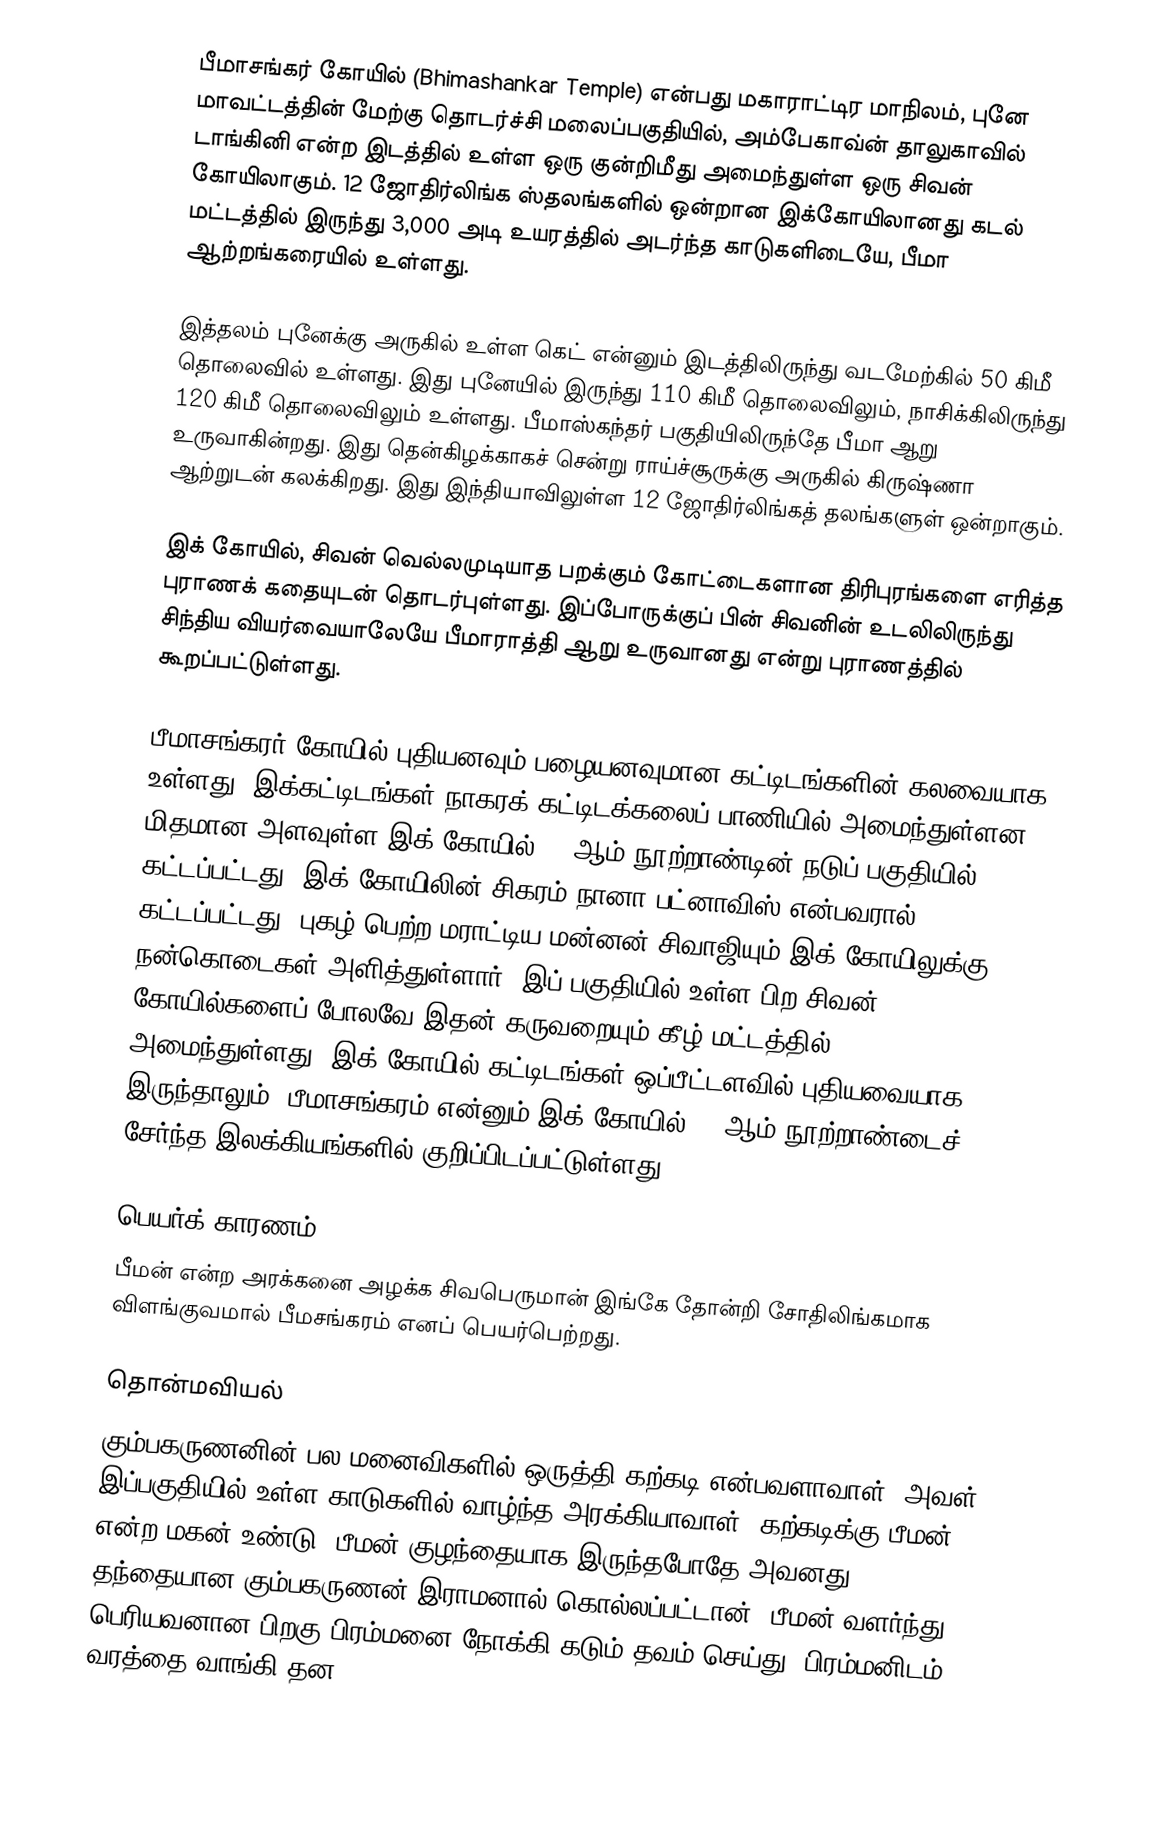
பீமாசங்கர் கோயில் (Bhimashankar Temple) என்பது மகாராட்டிர மாநிலம், புனே மாவட்டத்தின் மேற்கு தொடர்ச்சி மலைப்பகுதியில், அம்பேகாவ்ன் தாலுகாவில் டாங்கினி என்ற இடத்தில் உள்ள ஒரு குன்றிமீது அமைந்துள்ள ஒரு சிவன் கோயிலாகும். 12 ஜோதிர்லிங்க ஸ்தலங்களில் ஒன்றான இக்கோயிலானது கடல் மட்டத்தில் இருந்து 3,000 அடி உயரத்தில் அடர்ந்த காடுகளிடையே, பீமா ஆற்றங்கரையில் உள்ளது.

இத்தலம் புனேக்கு அருகில் உள்ள கெட் என்னும் இடத்திலிருந்து வடமேற்கில் 50 கிமீ தொலைவில் உள்ளது. இது புனேயில் இருந்து 110 கிமீ தொலைவிலும், நாசிக்கிலிருந்து 120 கிமீ தொலைவிலும் உள்ளது. பீமாஸ்கந்தர் பகுதியிலிருந்தே பீமா ஆறு உருவாகின்றது. இது தென்கிழக்காகச் சென்று ராய்ச்சூருக்கு அருகில் கிருஷ்ணா ஆற்றுடன் கலக்கிறது. இது இந்தியாவிலுள்ள 12 ஜோதிர்லிங்கத் தலங்களுள் ஒன்றாகும்.

இக் கோயில், சிவன் வெல்லமுடியாத பறக்கும் கோட்டைகளான திரிபுரங்களை எரித்த புராணக் கதையுடன் தொடர்புள்ளது. இப்போருக்குப் பின் சிவனின் உடலிலிருந்து சிந்திய வியர்வையாலேயே பீமாராத்தி ஆறு உருவானது என்று புராணத்தில் கூறப்பட்டுள்ளது.

பீமாசங்கரர் கோயில் புதியனவும் பழையனவுமான கட்டிடங்களின் கலவையாக உள்ளது. இக்கட்டிடங்கள் நாகரக் கட்டிடக்கலைப் பாணியில் அமைந்துள்ளன. மிதமான அளவுள்ள இக் கோயில் 18 ஆம் நூற்றாண்டின் நடுப் பகுதியில் கட்டப்பட்டது. இக் கோயிலின் சிகரம் நானா பட்னாவிஸ் என்பவரால் கட்டப்பட்டது. புகழ் பெற்ற மராட்டிய மன்னன் சிவாஜியும் இக் கோயிலுக்கு நன்கொடைகள் அளித்துள்ளார். இப் பகுதியில் உள்ள பிற சிவன் கோயில்களைப் போலவே இதன் கருவறையும் கீழ் மட்டத்தில் அமைந்துள்ளது. இக் கோயில் கட்டிடங்கள் ஒப்பீட்டளவில் புதியவையாக இருந்தாலும், பீமாசங்கரம் என்னும் இக் கோயில் 13 ஆம் நூற்றாண்டைச் சேர்ந்த இலக்கியங்களில் குறிப்பிடப்பட்டுள்ளது.

பெயர்க் காரணம்
பீமன் என்ற அரக்கனை அழக்க சிவபெருமான் இங்கே தோன்றி சோதிலிங்கமாக விளங்குவமால் பீமசங்கரம் எனப் பெயர்பெற்றது.

தொன்மவியல்
கும்பகருணனின் பல மனைவிகளில் ஒருத்தி கற்கடி என்பவளாவாள். அவள் இப்பகுதியில் உள்ள காடுகளில் வாழ்ந்த அரக்கியாவாள். கற்கடிக்கு பீமன் என்ற மகன் உண்டு. பீமன் குழந்தையாக இருந்தபோதே அவனது தந்தையான கும்பகருணன் இராமனால் கொல்லப்பட்டான். பீமன் வளர்ந்து பெரியவனான பிறகு பிரம்மனை நோக்கி கடும் தவம் செய்து, பிரம்மனிடம் வரத்தை வாங்கி தன